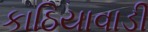
કાઠિયાવાડી